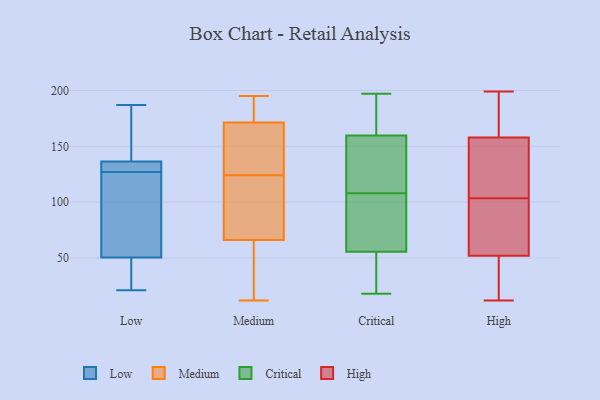
{"axis": {"x": "Website Visitors", "y": "Value"}, "legend": ["Critical", "High", "Low", "Medium"], "data": [{"x": "", "y": 55, "type": "Low"}, {"x": "", "y": 187, "type": "Low"}, {"x": "", "y": 187, "type": "Low"}, {"x": "", "y": 137, "type": "Low"}, {"x": "", "y": 135, "type": "Low"}, {"x": "", "y": 87, "type": "Low"}, {"x": "", "y": 49, "type": "Low"}, {"x": "", "y": 21, "type": "Low"}, {"x": "", "y": 127, "type": "Low"}, {"x": "", "y": 118, "type": "Low"}, {"x": "", "y": 127, "type": "Low"}, {"x": "", "y": 134, "type": "Low"}, {"x": "", "y": 26, "type": "Low"}, {"x": "", "y": 46, "type": "Low"}, {"x": "", "y": 140, "type": "Low"}, {"x": "", "y": 108, "type": "Medium"}, {"x": "", "y": 152, "type": "Medium"}, {"x": "", "y": 24, "type": "Medium"}, {"x": "", "y": 195, "type": "Medium"}, {"x": "", "y": 120, "type": "Medium"}, {"x": "", "y": 154, "type": "Medium"}, {"x": "", "y": 135, "type": "Medium"}, {"x": "", "y": 187, "type": "Medium"}, {"x": "", "y": 124, "type": "Medium"}, {"x": "", "y": 115, "type": "Medium"}, {"x": "", "y": 181, "type": "Medium"}, {"x": "", "y": 52, "type": "Medium"}, {"x": "", "y": 12, "type": "Medium"}, {"x": "", "y": 177, "type": "Medium"}, {"x": "", "y": 45, "type": "Medium"}, {"x": "", "y": 99, "type": "Critical"}, {"x": "", "y": 75, "type": "Critical"}, {"x": "", "y": 167, "type": "Critical"}, {"x": "", "y": 161, "type": "Critical"}, {"x": "", "y": 60, "type": "Critical"}, {"x": "", "y": 29, "type": "Critical"}, {"x": "", "y": 109, "type": "Critical"}, {"x": "", "y": 108, "type": "Critical"}, {"x": "", "y": 54, "type": "Critical"}, {"x": "", "y": 188, "type": "Critical"}, {"x": "", "y": 18, "type": "Critical"}, {"x": "", "y": 185, "type": "Critical"}, {"x": "", "y": 48, "type": "Critical"}, {"x": "", "y": 25, "type": "Critical"}, {"x": "", "y": 156, "type": "Critical"}, {"x": "", "y": 197, "type": "Critical"}, {"x": "", "y": 152, "type": "Critical"}, {"x": "", "y": 125, "type": "Critical"}, {"x": "", "y": 80, "type": "Critical"}, {"x": "", "y": 52, "type": "High"}, {"x": "", "y": 51, "type": "High"}, {"x": "", "y": 12, "type": "High"}, {"x": "", "y": 58, "type": "High"}, {"x": "", "y": 147, "type": "High"}, {"x": "", "y": 95, "type": "High"}, {"x": "", "y": 112, "type": "High"}, {"x": "", "y": 169, "type": "High"}, {"x": "", "y": 199, "type": "High"}, {"x": "", "y": 158, "type": "High"}]}